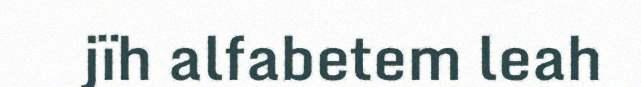
jïh alfabetem leah